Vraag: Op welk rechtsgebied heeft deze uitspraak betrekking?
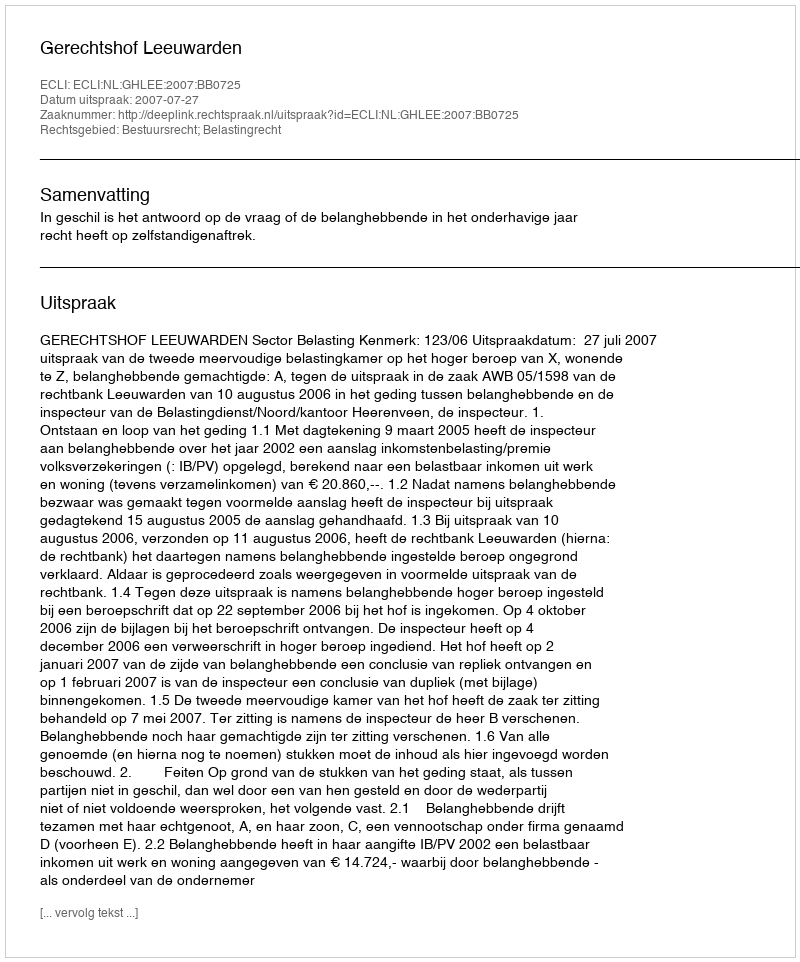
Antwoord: Bestuursrecht; Belastingrecht